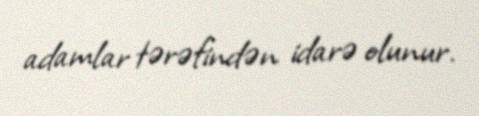
adamlar tərəfindən idarə olunur.